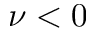
\nu < 0